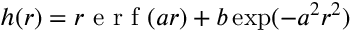
h ( \boldsymbol { r } ) = r \mathrm { ~ e ~ r ~ f ~ } ( a r ) + b \exp ( - a ^ { 2 } r ^ { 2 } )